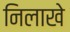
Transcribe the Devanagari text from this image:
निलाखे